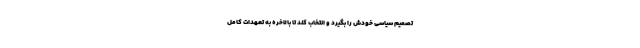
تصمیم سیاسی خودش را بگیرد و انتخاب کند تا بالاخره به تعهدات کامل